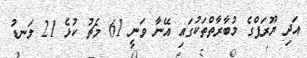
އަދި ޔޫރަޕްގެ މުބާރާތްތަކުގައި އޭނާ ވަނީ 61 މެޗު ކުޅެ 21 ލަނޑު